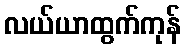
လယ်ယာထွက်ကုန်